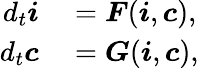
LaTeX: \begin{array}{rl}{d_{t}\boldsymbol{i}}&{{}=\boldsymbol{F}(\boldsymbol{i},\boldsymbol{c}),}\\ {d_{t}\boldsymbol{c}}&{{}=\boldsymbol{G}(\boldsymbol{i},\boldsymbol{c}),}\end{array}